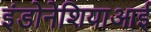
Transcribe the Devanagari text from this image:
इंडोनेशियाआई